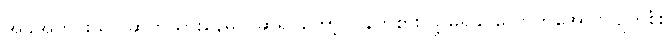
အခုအတိုင်းသာ ဆက်သွားနေမယ်ဆိုရင်တော့ ပြန်ကုစားလို့ မရနိုင်လောက်အောင် ပျက်စီး